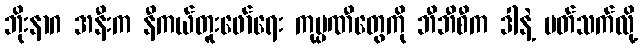
ဘိုးနာဂ အနီးက နီကယ်တူးဖော်ရေး ကုမ္ပဏီတွေကို ဘီဘီစီက ဒါနဲ့ ပတ်သက်လို့